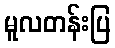
မူလတန်းပြ